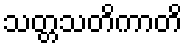
သတ္တသတိကာတိ